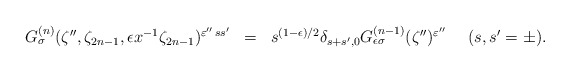
\begin{align*}\begin{array}{rcl}G_{\sigma}^{(n)} (\zeta'',\zeta_{2n-1}, \epsilon x^{-1}\zeta_{2n-1})^{\varepsilon''\, ss'} &=&s^{(1-\epsilon )/2}\delta_{s+s',0}G_{\epsilon\sigma}^{(n-1)} (\zeta'')^{\varepsilon''} ~~~~ (s,s'=\pm ). \end{array}\end{align*}